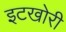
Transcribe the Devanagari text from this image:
इटखोरी